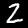
Label: 2